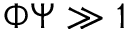
\Phi \Psi \gg 1